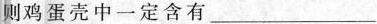
则鸡蛋壳中一定含有___